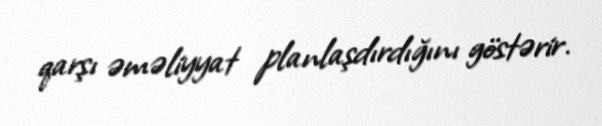
qarşı əməliyyat planlaşdırdığını göstərir.